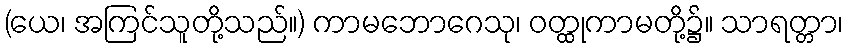
(ယေ၊ အကြင်သူတို့သည်။) ကာမဘောဂေသု၊ ဝတ္ထုကာမတို့၌။ သာရတ္တာ၊